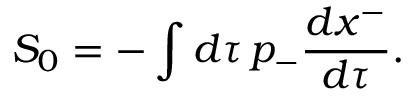
S _ { 0 } = - \int d \tau \, p _ { - } { \frac { d x ^ { - } } { d \tau } } .